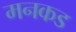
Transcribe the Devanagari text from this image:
मनकड